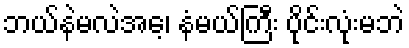
ဘယ်နဲမလဲအေ့၊ နံမယ်ကြီး ပိုင်းလုံးမဘဲ